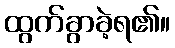
ထွက်ခွာခဲ့ရ၏။